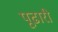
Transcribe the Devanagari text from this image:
पूढारी